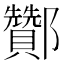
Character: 酇